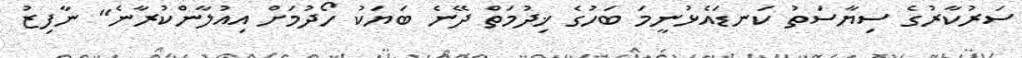
ސަރުކާރުގެ ސިޔާސަތު ކަނޑައެޅުނީމަ ބަހުގެ ޚިދުމަތް ދޭނެ ބަޔަކު ހޯދުމަށް އިއުލާންކުރާނެ" ނާފިޒު